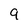
Character: 9